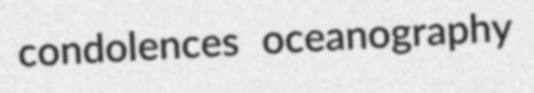
condolences oceanography